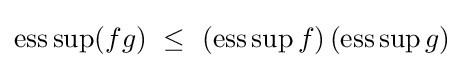
\operatorname {ess} \sup(fg)~\leq ~(\operatorname {ess} \sup f)\,(\operatorname {ess} \sup g)